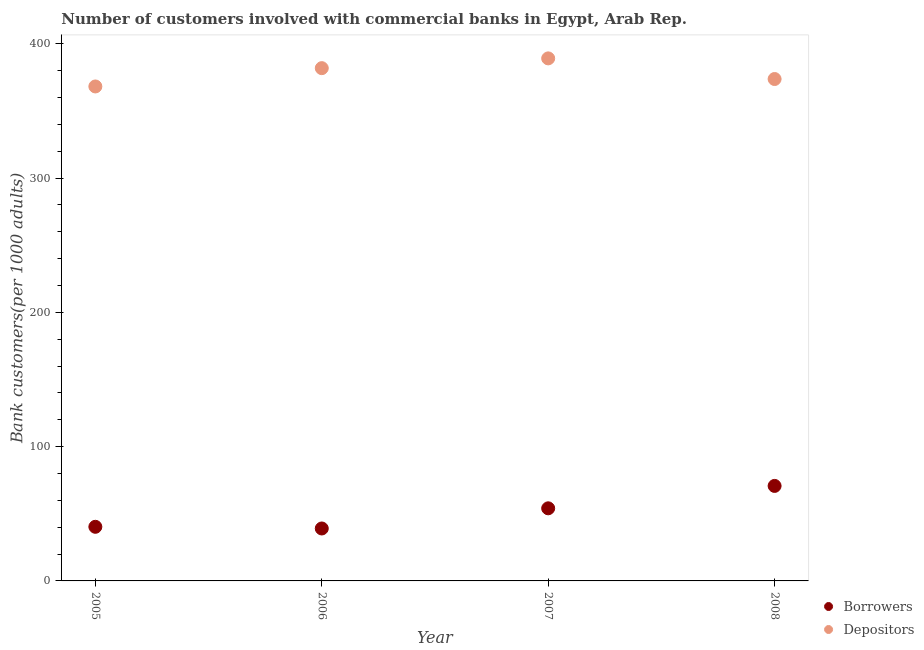
| Year | Borrowers | Depositors |
 | --- | --- | --- |
 | 2005 | 40.3 | 368 |
 | 2006 | 39 | 382 |
 | 2007 | 54.1 | 389 |
 | 2008 | 70.7 | 374 |